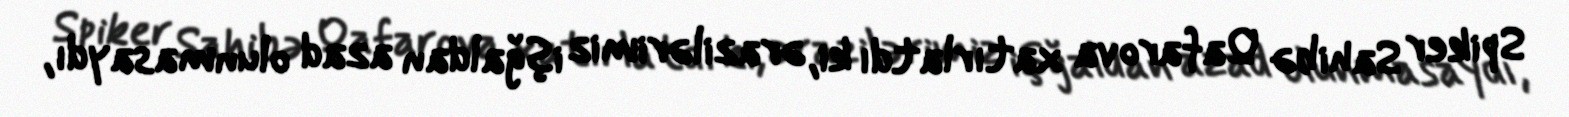
Spiker Sahibə Qafarova xatırlatdı ki, ərazilərimiz işğaldan azad olunmasaydı,